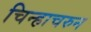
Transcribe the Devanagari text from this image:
चिन्हाचरुन